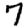
Digit: 7